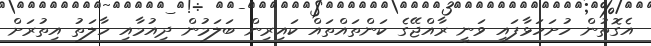
އެގޮތުން ހުށަހަޅާފައި ވަނީ ރާއްޖޭގެ ކަންތައްތައް ކައިރިން ބަލަމުން ދިއުމާއި ހާލަތު އިތުރަށް